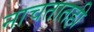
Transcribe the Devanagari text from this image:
नाचतातही